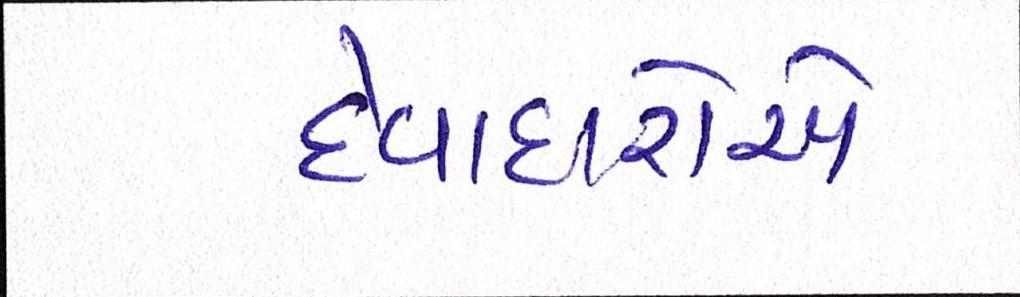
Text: દેવાદારોએ